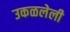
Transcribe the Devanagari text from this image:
उकळलेली